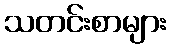
သတင်းစာများ